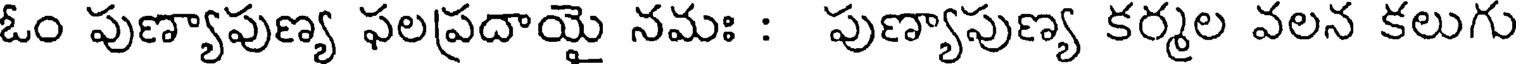
ఓం పుణ్యాపుణ్య ఫలప్రదాయై నమః : పుణ్యాపుణ్య కర్మల వలన కలుగు